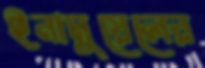
ইনামুয়েলের